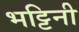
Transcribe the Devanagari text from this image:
भट्टिनी